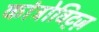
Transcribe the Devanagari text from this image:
कांट्रोविट्ज़